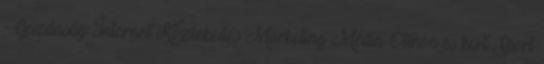
Gazdaság Internet Közlekedés Marketing Média Otthon és kert Sport